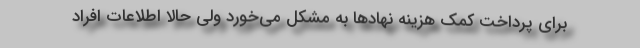
برای پرداخت کمک هزینه نهادها به مشکل می‌خورد ولی حالا اطلاعات افراد